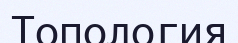
Топология